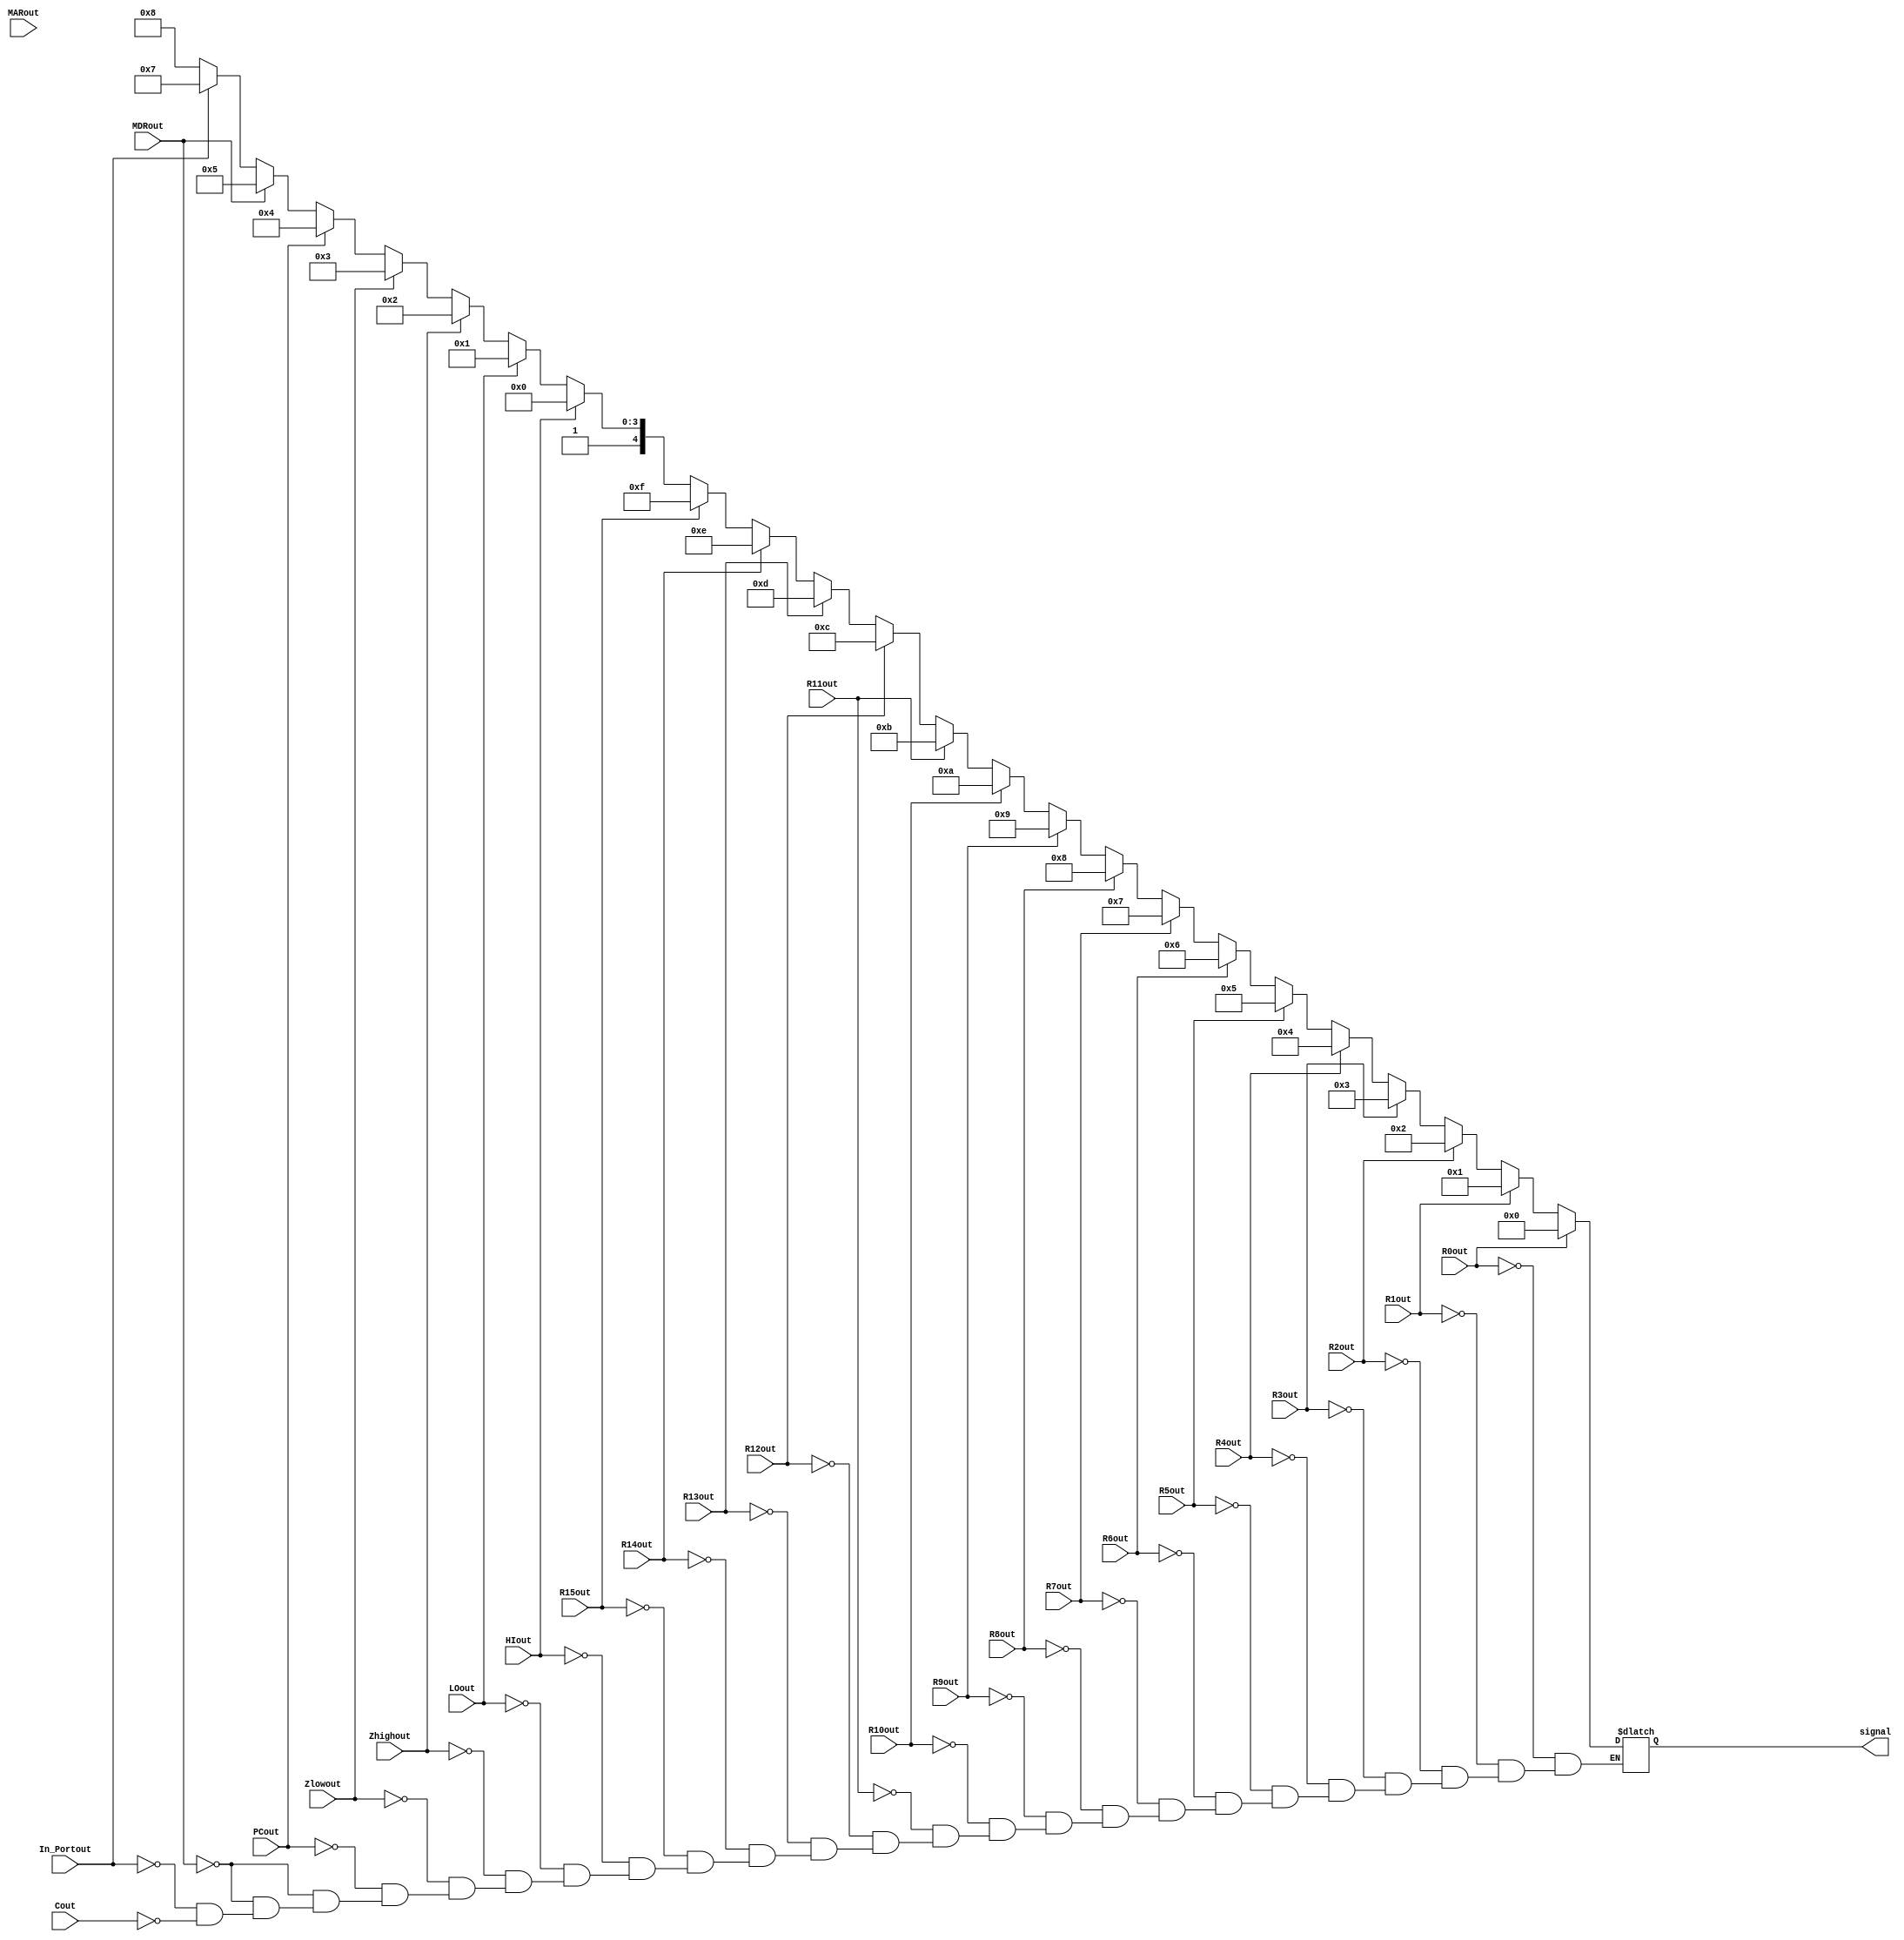
`timescale 1ns/10ps
module ENC32to5(
input R0out, R1out, R2out, R3out, R4out, R5out, R6out, R7out, R8out, R9out, R10out, R11out, 
	R12out, R13out, R14out, R15out, HIout, LOout, Zhighout, Zlowout, PCout, MDRout, MARout, In_Portout, Cout,
	
output reg [4:0] signal);
 
always @* begin
	if(R0out == 1'b1) 
		signal <= 5'd0;
		
	else if(R1out == 1'b1)  
		signal <= 5'd1;
	
	else if(R2out == 1'b1)  
		signal <= 5'd2;
	
	else if(R3out == 1'b1)  
		signal <= 5'd3;
	
	else if(R4out == 1'b1)  
		signal <= 5'd4;
	
	else if(R5out == 1'b1)  
		signal <= 5'd5;
	
	else if(R6out == 1'b1)  
		signal <= 5'd6;
	
	else if(R7out == 1'b1)  
		signal <= 5'd7;
	
	else if(R8out == 1'b1)  
		signal <= 5'd8;
	
	else if(R9out == 1'b1)  
		signal <= 5'd9;
	
	else if(R10out == 1'b1)  
		signal <= 5'd10;
	
	else if(R11out == 1'b1)  
		signal <= 5'd11;
	
	else if(R12out == 1'b1)  
		signal <= 5'd12;
	
	else if(R13out == 1'b1)  
		signal <= 5'd13;
	
	else if(R14out == 1'b1)  
		signal <= 5'd14;
	
	else if(R15out == 1'b1)  
		signal <= 5'd15;
	
	else if(HIout == 1'b1)  
		signal <= 5'd16;
	
	else if(LOout == 1'b1)  
		signal <= 5'd17;
	
	else if(Zhighout == 1'b1)  
		signal <= 5'd18;
	
	else if(Zlowout == 1'b1)  
		signal <= 5'd19;
	
	else if(PCout == 1'b1)  
		signal <= 5'd20;
	
	else if(MDRout == 1'b1)  
		signal <= 5'd21;
		
	else if(MDRout == 1'b1)  
		signal <= 5'd22;
	
	else if(In_Portout == 1'b1)  
		signal <= 5'd23;
	
	else if(Cout == 1'b1)  
		signal <= 5'd24;
end

endmodule